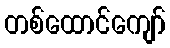
တစ်ထောင်ကျော်